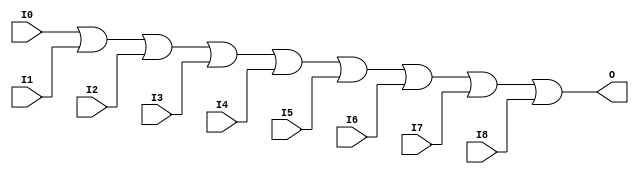
module X_OR9 (O, I0, I1, I2, I3, I4, I5, I6, I7, I8);

  output O;
  input I0, I1, I2, I3, I4, I5, I6, I7, I8;

  or (O, I0, I1, I2, I3, I4, I5, I6, I7, I8);

  specify

	(I0 => O) = (0:0:0, 0:0:0);
	(I1 => O) = (0:0:0, 0:0:0);
	(I2 => O) = (0:0:0, 0:0:0);
	(I3 => O) = (0:0:0, 0:0:0);
	(I4 => O) = (0:0:0, 0:0:0);
	(I5 => O) = (0:0:0, 0:0:0);
	(I6 => O) = (0:0:0, 0:0:0);
	(I7 => O) = (0:0:0, 0:0:0);
	(I8 => O) = (0:0:0, 0:0:0);

	specparam PATHPULSE$ = 0;

  endspecify

endmodule